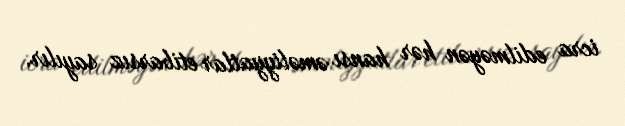
icra edilməyən hər hansı əməliyyatlar etibarsız sayılır.